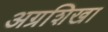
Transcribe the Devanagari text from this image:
अग्रशिखा